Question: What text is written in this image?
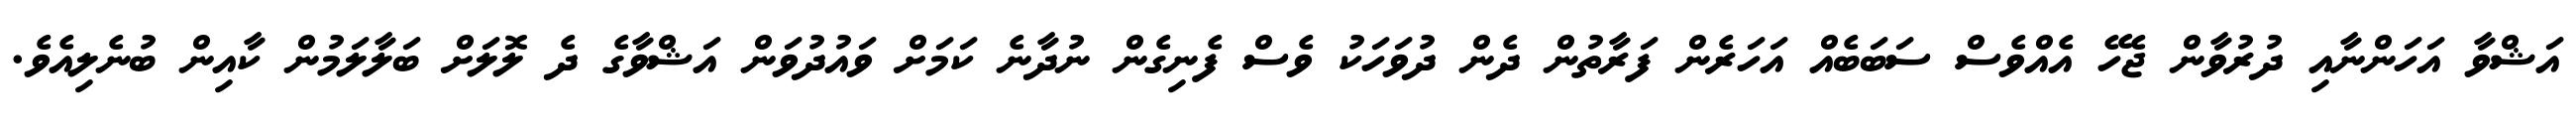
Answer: އަޝްވާ އަހަންނާއި ދުރުވާން ޖެހޭ އެއްވެސް ސަބަބެއް އަހަރެން ފަރާތުން ދެން ދުވަހަކު ވެސް ފެނިގެން ނުދާނެ ކަމަށް ވައުދުވަން އަޝްވާގެ ދެ ލޮލަށް ބަލާލަމުން ކާއިން ބުނެލިއެވެ.